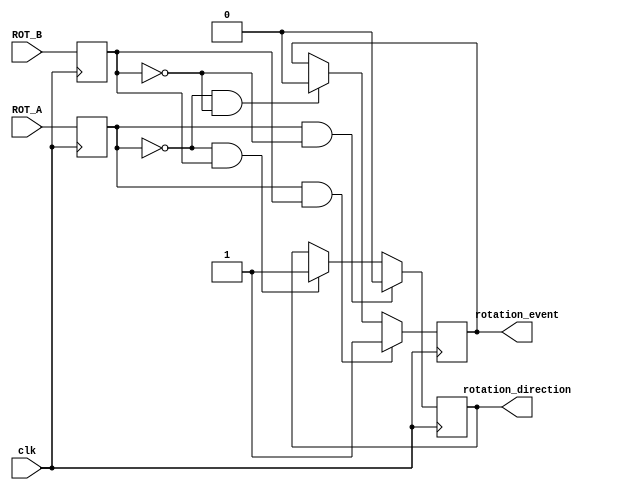
`timescale 1ns / 1ps
//////////////////////////////////////////////////////////////////////////////////
// Company: 
// Engineer: 
// 
// Design Name: 
// Module Name:    rotary_encoder 
// Project Name: 
// Target Devices: 
// Tool versions: 
// Description: 
//
// Dependencies: 
//
// Revision: 
// Revision 0.01 - File Created
// Additional Comments: 
//
//////////////////////////////////////////////////////////////////////////////////
module rotation_detect(clk, ROT_A, ROT_B, rotation_event, rotation_direction);
	input clk, ROT_A, ROT_B;
	output rotation_event, rotation_direction;
	reg rotation_event, rotation_direction;
	initial begin
		rotation_event = 1'b0;
		rotation_direction = 1'b0;
	end
	reg A_hold , B_hold ;
	always @(posedge clk) begin	
		A_hold <= ROT_A;
		B_hold <= ROT_B;
		if ((A_hold == 0) & (B_hold == 0)) begin
			rotation_event <= 0;
		end
		if ((A_hold == 1) & (B_hold == 1)) begin
			rotation_event <= 1;
		end
		if ((A_hold == 0) & (B_hold == 1)) begin
			rotation_direction <= 1;
		end
		if ((A_hold == 1) & (B_hold == 0)) begin
			rotation_direction <= 0;
		end
	end
endmodule

module ripple_blinker_mod(clk, rotation_event, rotation_direction, led);
	
	input clk, rotation_event, rotation_direction;
	
	output [7:0] led;
	
	reg [7:0] led;
	
	reg prev_rot_event;	
	initial begin 
		
		led = 8'b0000_0001;
		
		prev_rot_event = 1'b1;	
	end
	
	always @(posedge clk) begin
				
		if((prev_rot_event == 0) & (rotation_event == 1)) begin
			
			if (rotation_direction == 1) begin
				led[1] <= led[0];
			
				led[2] <= led[1];
			
				led[3] <= led[2];
			
				led[4] <= led[3];
			
				led[5] <= led[4];
			
				led[6] <= led[5];
			
				led[7] <= led[6];
			
				led[0] <= led[7];

			
end
			else begin
				led[0] <= led[1];
			
				led[1] <= led[2];
			
				led[2] <= led[3];
			
				led[3] <= led[4];
			
				led[4] <= led[5];
			
				led[5] <= led[6];
			
				led[6] <= led[7];
			
				led[7] <= led[0];

			end	
		end

		prev_rot_event <= rotation_event;	
	end

endmodule

module top_level(clk, ROT_A, ROT_B, led);
	input clk, ROT_A, ROT_B;
	wire rotation_event, rotation_direction;
	output [7:0] led;
	wire [7:0] led;

	rotation_detect A1(clk, ROT_A, ROT_B, rotation_event, rotation_direction);
	ripple_blinker_mod A2(clk, rotation_event, rotation_direction, led);

endmodule